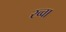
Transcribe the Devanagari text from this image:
रव्वा